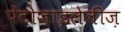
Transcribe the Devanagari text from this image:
पेंटोज़ाइलेलीज़